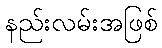
နည်းလမ်းအဖြစ်